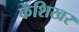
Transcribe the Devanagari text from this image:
केशिखर